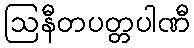
ဩနီတပတ္တပါဏီ